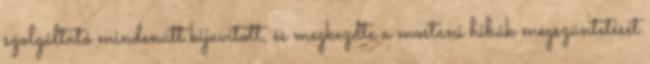
szolgáltató mindenütt kijavított, és megkezdte a mostani hibák megszüntetését